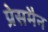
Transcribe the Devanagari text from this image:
प्रेसमैन